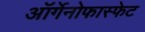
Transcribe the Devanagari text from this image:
ऑर्गेनोफास्फेट